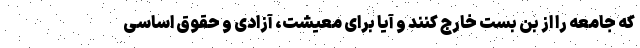
که جامعه را از بن بست خارج کنند و آیا برای معیشت، آزادی و حقوق اساسی